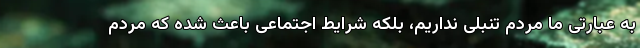
به عبارتی ما مردم تنبلی نداریم، بلکه شرایط اجتماعی باعث شده که مردم